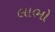
લાભો